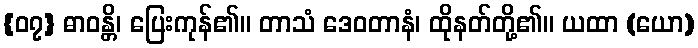
{၀၇} ဓာဝန္တိ၊ ပြေးကုန်၏။ တာသံ ဒေဝတာနံ၊ ထိုနတ်တို့၏။ ယထာ (ယော)